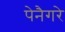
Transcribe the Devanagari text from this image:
पेनैगरे